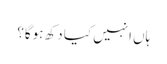
ہاں انہیں کیا دکھ ہوگا؟